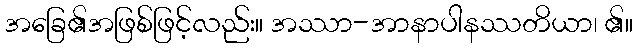
အခြေ၏အဖြစ်ဖြင့်လည်း။ အဿာ-အာနာပါနဿတိယာ၊ ၏။